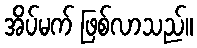
အိပ်မက် ဖြစ်လာသည်။